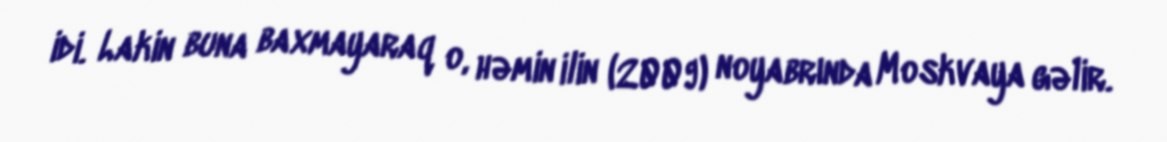
idi. Lakin buna baxmayaraq o, həmin ilin (2009) noyabrında Moskvaya gəlir.